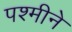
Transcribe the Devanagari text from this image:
पश्मीने